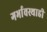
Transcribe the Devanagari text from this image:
गर्भावस्थाही